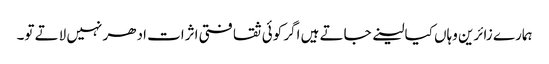
ہمارے زائرین وہاں کیا لینے جاتے ہیں اگر کوئی ثقافتی اثرات ادھر نہیں لاتے تو۔